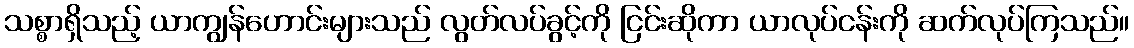
သစ္စာရှိသည့် ယာကျွန်ဟောင်းများသည် လွတ်လပ်ခွင့်ကို ငြင်းဆိုကာ ယာလုပ်ငန်းကို ဆက်လုပ်ကြသည်။